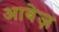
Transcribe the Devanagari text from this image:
आबेज़